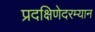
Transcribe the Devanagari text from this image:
प्रदक्षिणेदरम्यान